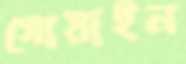
গোয়াইন